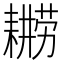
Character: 𮋫